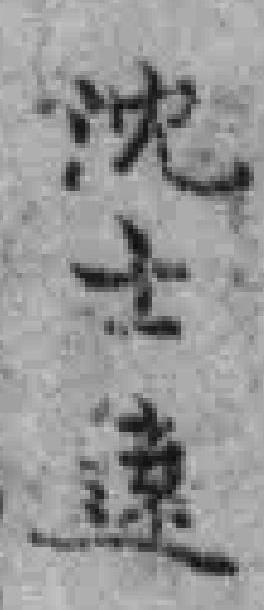
沈士遠